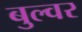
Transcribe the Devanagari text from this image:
बुल्वर